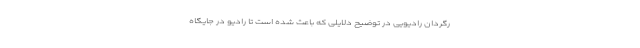
رگردان رادیویی در توضیح دلایلی که باعث شده است تا رادیو در جایگاه